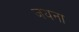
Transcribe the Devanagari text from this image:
जयना